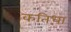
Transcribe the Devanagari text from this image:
कतिधा